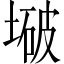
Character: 𫮒